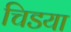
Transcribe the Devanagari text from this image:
चिडया